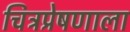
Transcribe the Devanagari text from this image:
चित्रप्रेषणाला